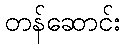
တန်ဆောင်း